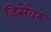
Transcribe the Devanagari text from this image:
डिसेंवर